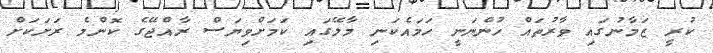
ކުރީ ޒަމާނުގައި ވާރުތައް ހުންނަނީ ހަމައެކަނި މާލޭގައި ކަމަށްވިޔަސް ރާއްޖޭގެ ކޮންމެ ރަށަކަށް